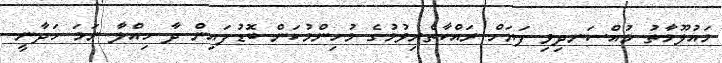
މައުލޫމާތު މުއްސަނދިވި ފަޔަށް ރައްކާތެރިވުމުގެ މުހިންމުކަން ބޮޑުފައިން ދާ ހިއްލާ ނަމަ ހަދާނީ